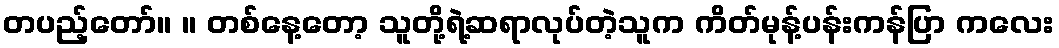
တပည့်တော်။ ။ တစ်နေ့တော့ သူတို့ရဲ့ဆရာလုပ်တဲ့သူက ကိတ်မုန့်ပန်းကန်ပြာ ကလေး